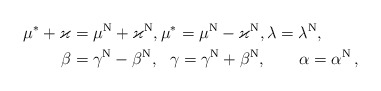
\begin{align*}\mu^*+\varkappa&=\mu^{\rm N}+\varkappa^{\rm N},\mu^*=\mu^{\rm N}-\varkappa^{\rm N},\lambda =\lambda^{\rm N}, \\\beta &=\gamma^{\rm N}-\beta^{\rm N}, \ \ \gamma =\gamma^{\rm N}+\beta^{\rm N}, \qquad\alpha =\alpha^{\rm N} \,,\end{align*}